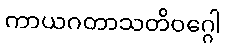
ကာယဂတာသတိဝဂ္ဂေါ